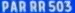
PAR RR 503